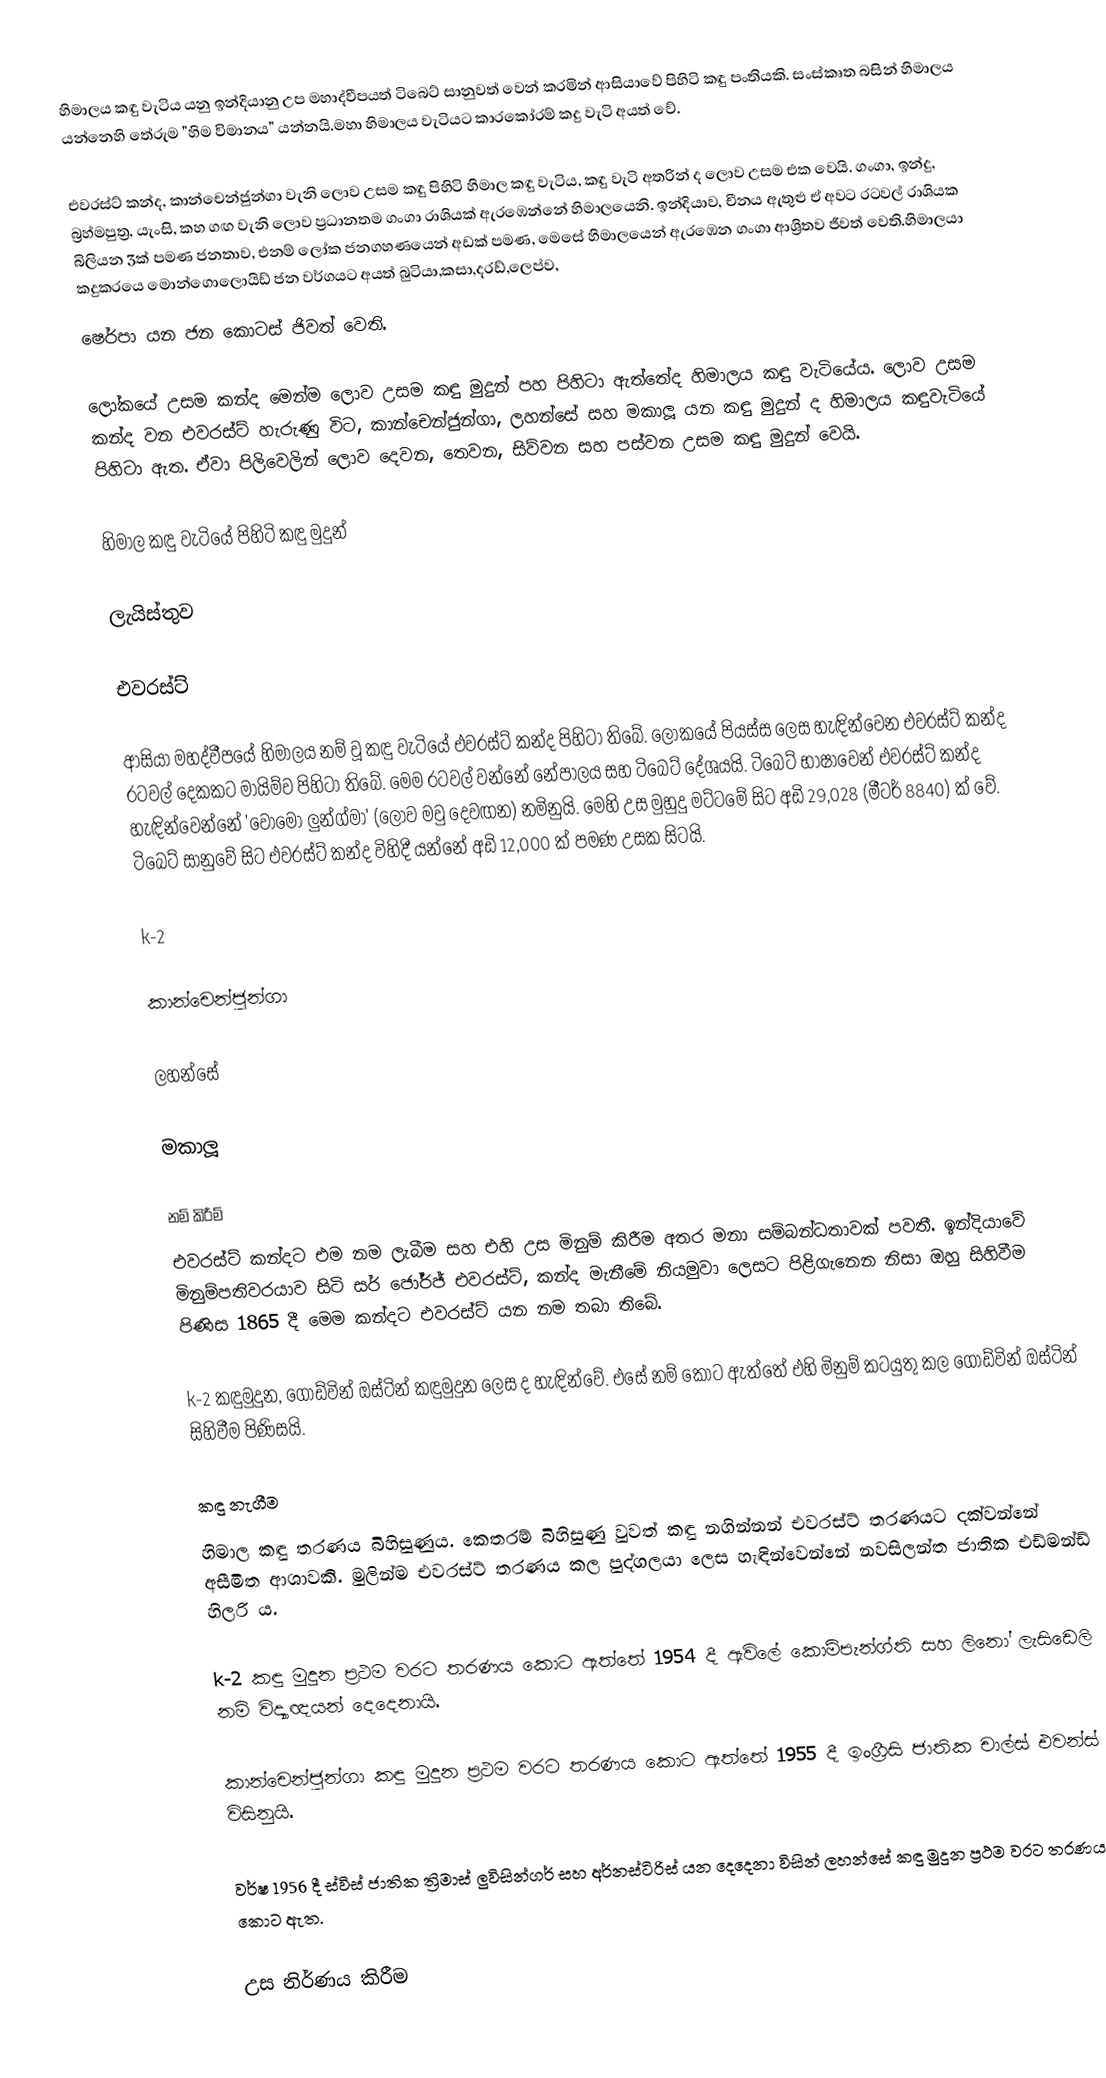
හිමාලය කඳු වැටිය යනු ඉන්දියානු උප මහාද්වීපයත් ටිබෙට් සානුවත් වෙන් කරමින් ආසියාවේ පිහිටි කඳු පංතියකි. සංස්කෘත බසින් හිමාලය යන්නෙහි තේරුම "හිම විමානය" යන්නයි.මහා හිමාලය වැටියට කාරකෝරම් කදු වැටි අයත් වේ.

එවරස්ට් කන්ද, කාන්චෙන්ජුන්ගා  වැනි ලොව උසම කඳු පිහිටි හිමාල කඳු වැටිය, කඳු වැටි අතරින් ද ලොව උසම එක වෙයි. ගංගා, ඉන්දු, බ්‍රහ්මපුත්‍ර, යැංසි, කහ ගඟ වැනි ලොව ප්‍රධානතම ගංගා රාශියක් ඇරඹෙන්නේ හිමාලයෙනි. ඉන්දියාව, චීනය ඇතුළු ඒ අවට රටවල් රාශියක බිලියන 3ක් පමණ ජනතාව, එනම් ලෝක ජනගහණයෙන් අඩක් පමණ, මෙසේ හිමාලයෙන් ඇරඹෙන ගංගා ආශ්‍රිතව ජීවත් වෙති.හිමාලයා කදුකරයෙ මොන්ගොලොයිඩ් ජන වර්ගයට අයත් බුටියා,කසා,දරඩ්,ලෙප්ව,
ෂෙර්පා  යන ජන කොටස් ජිවත් වෙති.

ලෝකයේ උසම කන්ද මෙන්ම ලොව උසම කඳු මුදුන් පහ පිහිටා ඇත්තේද හිමාලය කඳු වැටියේය. ලොව උසම කන්ද වන එවරස්ට් හැරුණු විට, කාන්චෙන්ජුන්ගා, ලහන්සේ සහ මකාලූ යන කඳු මුදුන් ද හිමාලය කඳුවැටියේ පිහිටා ඇත. ඒවා පිලිවෙලින් ලොව දෙවන, තෙවන, සිව්වන සහ පස්වන උසම කඳු මුදුන් වෙයි.

හිමාල කඳු වැටියේ පිහිටි කඳු මුදුන්

ලැයිස්තුව

එවරස්ට්

ආසියා මහද්වීපයේ හිමාලය නම් වූ කඳු වැටියේ එවරස්ට් කන්ද පිහිටා තිබේ. ලෝකයේ පියස්ස ලෙස හැඳින්වෙන එවරස්ට් කන්ද රටවල් දෙකකට මායිම්ව පිහිටා තිබේ. මෙම රටවල් වන්නේ නේපාලය සහ ටිබෙට් දේශයයි. ටිබෙට් භාෂාවෙන් එවරස්ට් කන්ද හැඳින්වෙන්නේ 'වොමො ලුන්ග්මා' (ලොව මවු දෙවඟන) නමිනුයි. මෙහි උස මුහුදු මට්ටමේ සිට අඩි 29,028 (මීටර් 8840) ක් වේ. ටිබෙට් සානුවේ සිට එවරස්ට් කන්ද විහිදී යන්නේ අඩි 12,000 ක් පමණ උසක සිටයි.

k-2

කාන්චෙන්ජුන්ගා

ලහන්සේ

මකාලූ

නම් කිරීම්
එවරස්ට් කන්දට එම නම ලැබීම සහ එහි උස මිනුම් කිරීම අතර මනා සම්බන්ධතාවක් පවතී. ඉන්දියාවේ මිනුම්පතිවරයාව සිටි සර් ජෝර්ජ් එවරස්ට්, කන්ද මැනීමේ නියමුවා ලෙසට පිළිගැනෙන නිසා ඔහු සිහිවීම පිණිස 1865 දී මෙම කන්දට එවරස්ට් යන නම තබා තිබේ.

k-2 කඳුමුදුන, ගෝඩ්වින් ඔස්ටින් කඳුමුදුන ලෙස ද හැඳින්වේ. එසේ නම් කොට ඇත්තේ එහි මිනුම් කටයුතු කල ගොඩ්වින් ඔස්ටින් සිහිවීම පිණිසයි.

කඳු නැගීම
හිමාල කඳු තරණය බිහිසුණුය. කෙතරම් බිහිසුණු වුවත් කඳු නගින්නන් එවරස්ට් තරණයට දක්වන්නේ අසීමිත ආශාවකි. මුලින්ම එවරස්ට් තරණය කල පුද්ගලයා ලෙස හැඳින්වෙන්නේ නවසිලන්ත ජාතික එඩ්මන්ඩ් හිලරි ය.

k-2 කඳු මුදුන ප්‍රථම වරට තරණය කොට ඇත්තේ 1954 දී ඇවිලේ කොම්පැන්ග්ති සහ ලිනෝ ලැසිඩෙලි නම් විද්‍යාඥයන් දෙදෙනායි.

කාන්චෙන්ජුන්ගා කඳු මුදුන ප්‍රථම වරට තරණය කොට ඇත්තේ 1955 දී ඉංග්‍රීසි ජාතික චාල්ස් එවන්ස් විසිනුයි.

වර්ෂ 1956 දී ස්විස් ජාතික ත්‍රිමාස් ලුවිසින්ගර් සහ අර්නස්ටිරිස් යන දෙදෙනා විසින් ලහන්සේ කඳු මුදුන ප්‍රථම වරට තරණය කොට ඇත.

උස නිර්ණය කිරීම